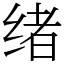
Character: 绪